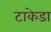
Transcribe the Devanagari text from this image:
टाकेडा